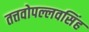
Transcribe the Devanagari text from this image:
तत्तवोपल्लवसिंह